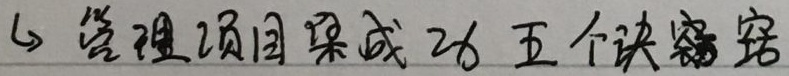
1. 管理项目集成功五个诀窍